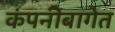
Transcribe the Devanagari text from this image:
कंपनीबागेत